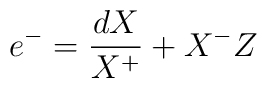
e^{-}=\frac{dX}{X^{+}}+X^{-}Z